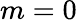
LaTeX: m=0